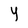
Character: Y